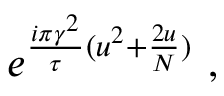
e ^ { { \frac { i \pi \gamma ^ { 2 } } { \tau } } ( u ^ { 2 } + { \frac { 2 u } { N } } ) } \ ,